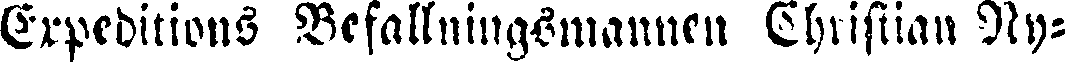
Expeditions Besättningsmannen Christian Ny-